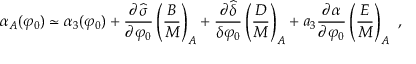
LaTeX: \alpha _ { A } ( \varphi _ { 0 } ) \simeq \alpha _ { 3 } ( \varphi _ { 0 } ) + { \frac { \partial \widehat \sigma } { \partial \varphi _ { 0 } } } \left( { \frac { B } { M } } \right) _ { A } + { \frac { \partial \widehat \delta } { \delta \varphi _ { 0 } } } \left( { \frac { D } { M } } \right) _ { A } + a _ { 3 } { \frac { \partial \alpha } { \partial \varphi _ { 0 } } } \left( { \frac { E } { M } } \right) _ { A } \ ,